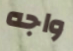
واجه